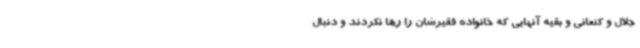
جلال و کنعانی و بقیه آنهایی که خانواده فقیرشان را رها نکردند و دنبال